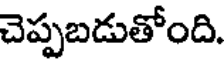
చెప్పబడుతోంది.